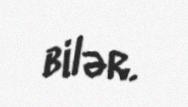
bilər.